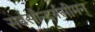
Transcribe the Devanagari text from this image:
सर्वसौन्दर्यसीमन्